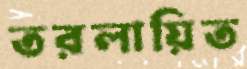
তরলায়িত